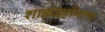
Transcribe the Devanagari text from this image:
शाहजहाँनामा